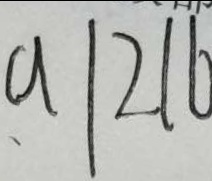
a \vert 2 1 6